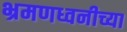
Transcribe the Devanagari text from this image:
भ्रमणध्वनीच्या